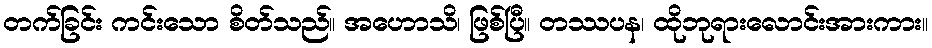
တက်ခြင်း ကင်းသော စိတ်သည်။ အဟောသိ၊ ဖြစ်ပြီ။ တဿပန၊ ထိုဘုရားလောင်းအားကား။